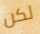
لكن